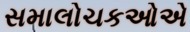
સમાલોચકઓએ